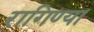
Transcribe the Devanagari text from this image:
रागिण्या